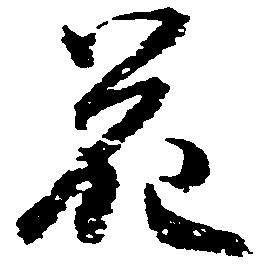
花